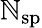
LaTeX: \mathbb{N}_{\mathrm{{sp}}}